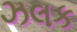
ઝલક